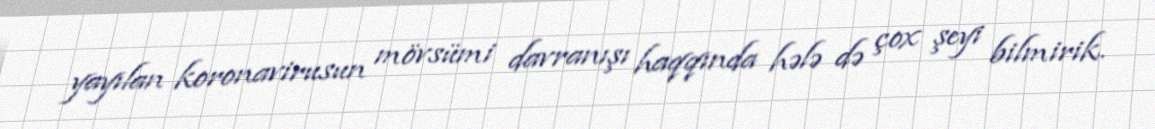
yayılan koronavirusun mövsümi davranışı haqqında hələ də çox şeyi bilmirik.